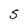
Character: S